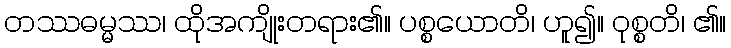
တဿဓမ္မဿ၊ ထိုအကျိုးတရား၏။ ပစ္စယောတိ၊ ဟူ၍။ ဝုစ္စတိ၊ ၏။